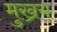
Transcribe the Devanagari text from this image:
मुख्रय